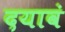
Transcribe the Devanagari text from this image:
दयावं